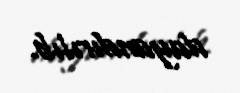
dayandırılıb.